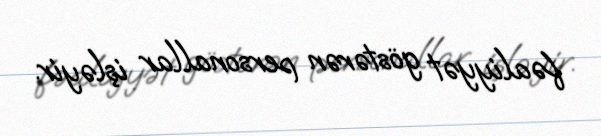
fəaliyyət göstərən personallar işləyir.